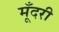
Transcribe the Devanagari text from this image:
मूँदरी